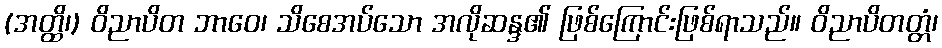
(အတ္ထိ၊) ဝိညာပိတ ဘာဝေ၊ သိစေအပ်သော အလိုဆန္ဒ၏ ဖြစ်ကြောင်းဖြစ်ရာသည်။ ဝိညာပိတတ္တံ၊